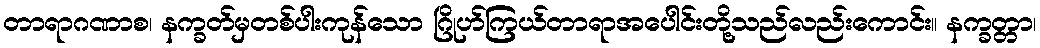
တာရာဂဏာစ၊ နက္ခတ်မှတစ်ပါးကုန်သော ဂြိုဟ်ကြယ်တာရာအပေါင်းတို့သည်လည်းကောင်း။ နက္ခတ္တာ၊